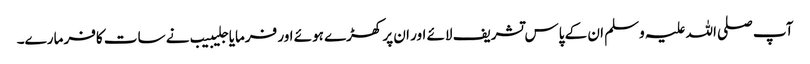
آپ صلی اللہ علیہ وسلم ان کے پاس تشریف لائے اور ان پر کھڑے ہوئے اور فرمایا جلیبیب نے سات کافر مارے۔